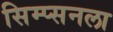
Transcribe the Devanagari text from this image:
सिम्प्सनला